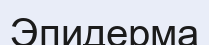
Эпидерма